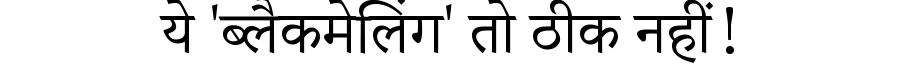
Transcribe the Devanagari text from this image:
ये 'ब्लैकमेलिंग' तो ठीक नहीं!